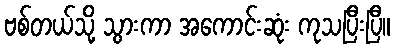
ဗစ်တယ်သို့ သွားကာ အကောင်းဆုံး ကုသပြီးပြီ။